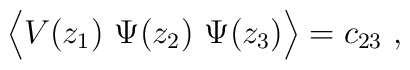
\Big\langle V(z_1)\,\, \Psi(z_2)\,\, \Psi(z_3)\Big\rangle =c_{23}\ ,